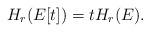
LaTeX: \begin{align*}H_r(E[t])=tH_r(E).\end{align*}